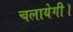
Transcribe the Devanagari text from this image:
चलायेगी।